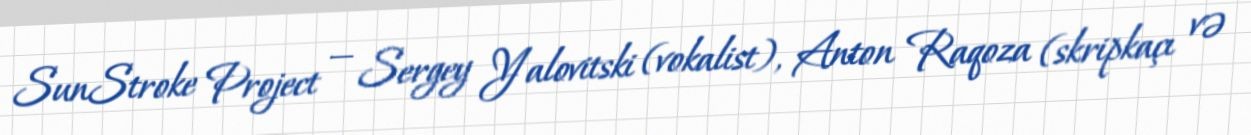
SunStroke Project — Sergey Yalovitski (vokalist), Anton Raqoza (skripkaçı və